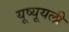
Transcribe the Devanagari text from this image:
यूष्यूयली